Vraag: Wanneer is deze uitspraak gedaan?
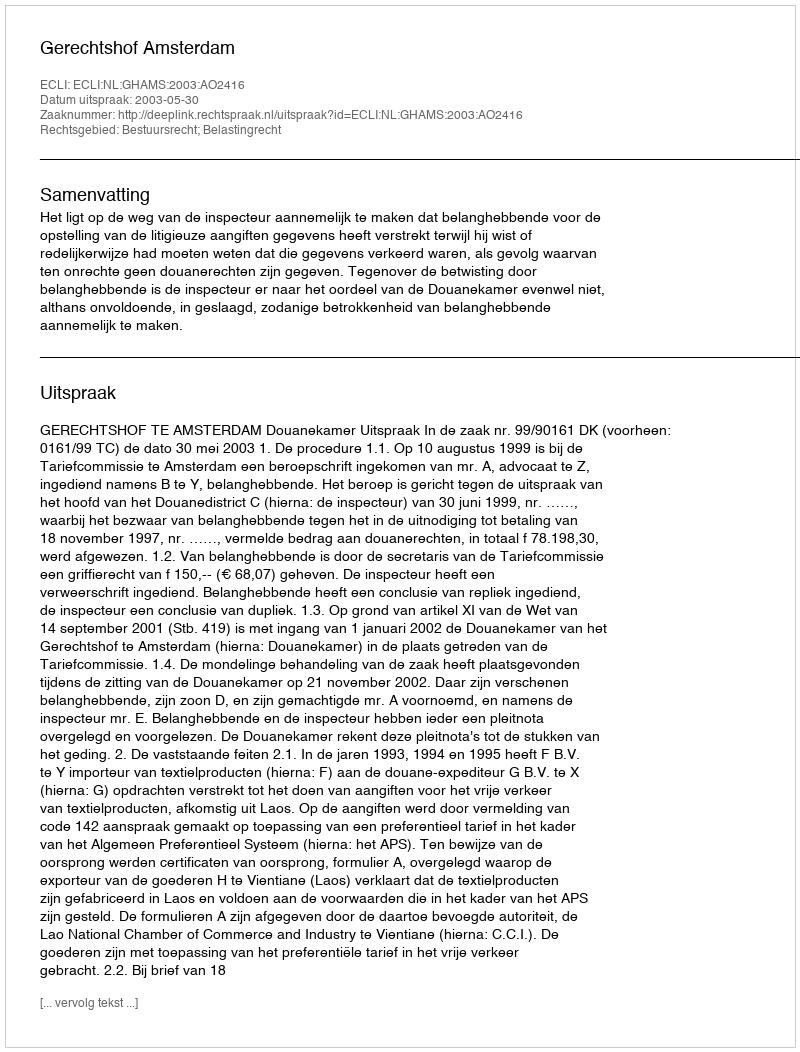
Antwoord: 2003-05-30